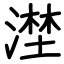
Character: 漜